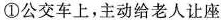
①公交车上，主动给老人让座